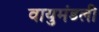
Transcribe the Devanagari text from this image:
वायुमंडली